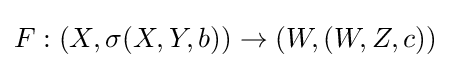
F:(X,\sigma (X,Y,b))\to (W,(W,Z,c))